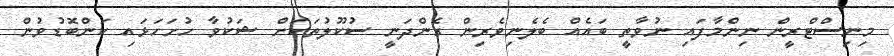
މިނިސްޓްރީން ނިންމާފައި ނުވާތީ ބައެއް ބެލެނިވެރިން ގެންދަނީ ސުކޫލުތަކަށް ޝަކުވާ ހުށަހަޅައި ކަންބޮޑުވުން